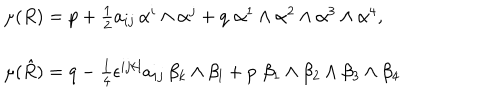
\begin{array} { l } { { \mu ( R ) = p + \frac { 1 } { 2 } a _ { i j } \, \alpha ^ { i } \wedge \alpha ^ { j } + q \, \, \alpha ^ { 1 } \wedge \alpha ^ { 2 } \wedge \alpha ^ { 3 } \wedge \alpha ^ { 4 } , } } \\ { { \mu ( \hat { R } ) = q - \frac { 1 } { 4 } \epsilon ^ { i j k l } a _ { i j } \, \beta _ { k } \wedge \beta _ { l } + p \, \, \beta _ { 1 } \wedge \beta _ { 2 } \wedge \beta _ { 3 } \wedge \beta _ { 4 } } } \\ \end{array}